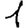
Digit: 1